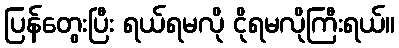
ပြန်တွေးပြီး ရယ်ရမလို ငိုရမလိုကြီးရယ်။